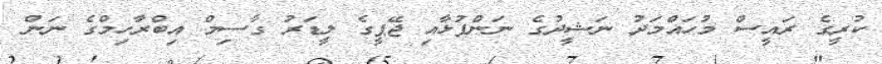
ކުރީގެ ރައީސް މުހައްމަދު ނަޝީދުގެ ނަންފުޅާއި ޖޭޕީގެ ލީޑަރު ގާސިމް އިބްރާހިމްގެ ނަން